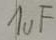
Text: 1uF